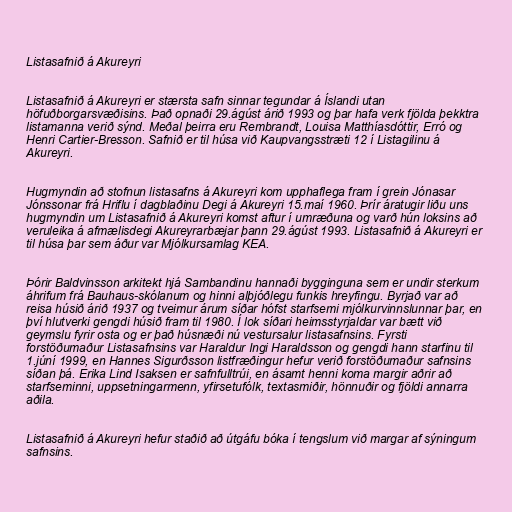
Listasafnið á Akureyri

Listasafnið á Akureyri er stærsta safn sinnar tegundar á Íslandi utan
höfuðborgarsvæðisins. Það opnaði 29.ágúst árið 1993 og þar hafa verk fjölda þekktra
listamanna verið sýnd. Meðal þeirra eru Rembrandt, Louisa Matthíasdóttir, Erró og
Henri Cartier-Bresson. Safnið er til húsa við Kaupvangsstræti 12 í Listagilinu á
Akureyri.

Hugmyndin að stofnun listasafns á Akureyri kom upphaflega fram í grein Jónasar
Jónssonar frá Hriflu í dagblaðinu Degi á Akureyri 15.maí 1960. Þrír áratugir liðu uns
hugmyndin um Listasafnið á Akureyri komst aftur í umræðuna og varð hún loksins að
veruleika á afmælisdegi Akureyrarbæjar þann 29.ágúst 1993. Listasafnið á Akureyri er
til húsa þar sem áður var Mjólkursamlag KEA.

Þórir Baldvinsson arkitekt hjá Sambandinu hannaði bygginguna sem er undir sterkum
áhrifum frá Bauhaus-skólanum og hinni alþjóðlegu funkis hreyfingu. Byrjað var að
reisa húsið árið 1937 og tveimur árum síðar hófst starfsemi mjólkurvinnslunnar þar, en
því hlutverki gengdi húsið fram til 1980. Í lok síðari heimsstyrjaldar var bætt við
geymslu fyrir osta og er það húsnæði nú vestursalur listasafnsins. Fyrsti
forstöðumaður Listasafnsins var Haraldur Ingi Haraldsson og gengdi hann starfinu til
1.júní 1999, en Hannes Sigurðsson listfræðingur hefur verið forstöðumaður safnsins
síðan þá. Erika Lind Isaksen er safnfulltrúi, en ásamt henni koma margir aðrir að
starfseminni, uppsetningarmenn, yfirsetufólk, textasmiðir, hönnuðir og fjöldi annarra
aðila.

Listasafnið á Akureyri hefur staðið að útgáfu bóka í tengslum við margar af sýningum
safnsins.